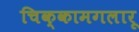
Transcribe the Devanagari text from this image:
चिक्कामगलारू